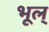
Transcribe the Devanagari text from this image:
भूल्